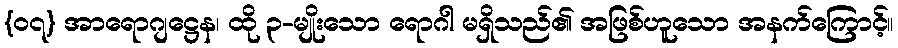
{၀၇} အာရောဂျဋ္ဌေန၊ ထို ၃-မျိုးသော ရောဂါ မရှိသည်၏ အဖြစ်ဟူသော အနက်ကြောင့်။